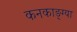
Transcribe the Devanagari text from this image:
कनकाङ्ग्या